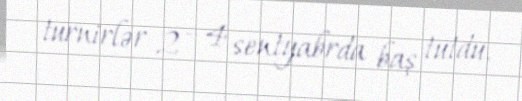
turnirlər 2 – 4 sentyabrda baş tutdu.